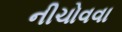
નીચોવવા